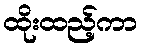
ထိုးထည့်ကာ